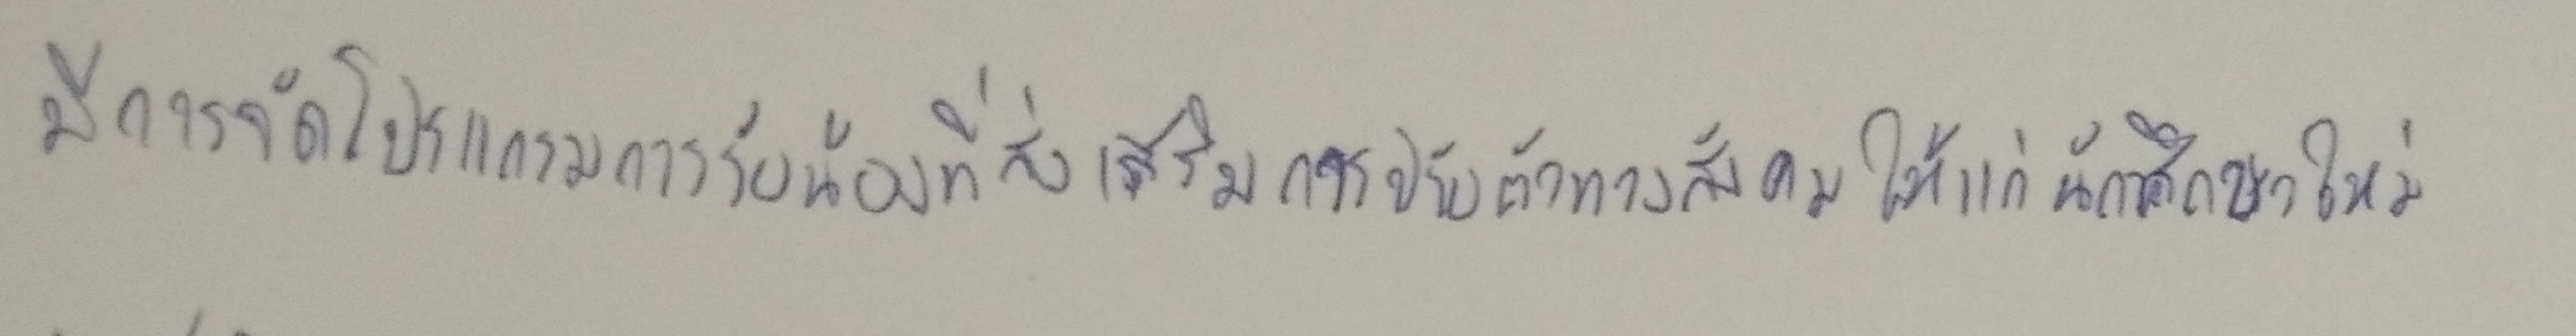
มีการจัดโปรแกรมการรับน้องที่ส่งเสริมการปรับตัวทางสังคมให้แก่นักศึกษาใหม่